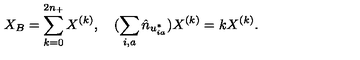
X _ { B } = \sum _ { k = 0 } ^ { 2 n _ { + } } X ^ { ( k ) } , \quad ( \sum _ { i , a } \hat { n } _ { u _ { i a } ^ { * } } ) X ^ { ( k ) } = k X ^ { ( k ) } .